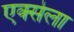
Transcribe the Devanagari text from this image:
एक्सेला